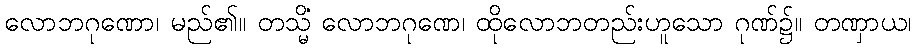
လောဘဂုဏော၊ မည်၏။ တသ္မိံ လောဘဂုဏေ၊ ထိုလောဘတည်းဟူသော ဂုဏ်၌။ တဏှာယ၊